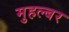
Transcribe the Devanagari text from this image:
मुहल्बर